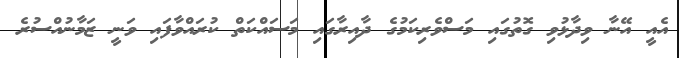
އެއީ އޭނާ ވިދާޅުވި ގޮތުގައި މަސްވެރިކަމުގެ ދާއިރާގައި މަސައްކަތް ކުރައްވާފައި ވަނީ ޒަމާނުއްސުރެ